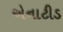
એનાટીડ